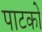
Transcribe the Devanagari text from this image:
पाटकों